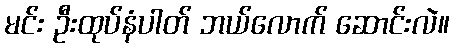
မင်း ဦးထုပ်နံပါတ် ဘယ်လောက် ဆောင်းလဲ။